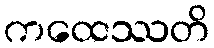
ကထေဿတိ